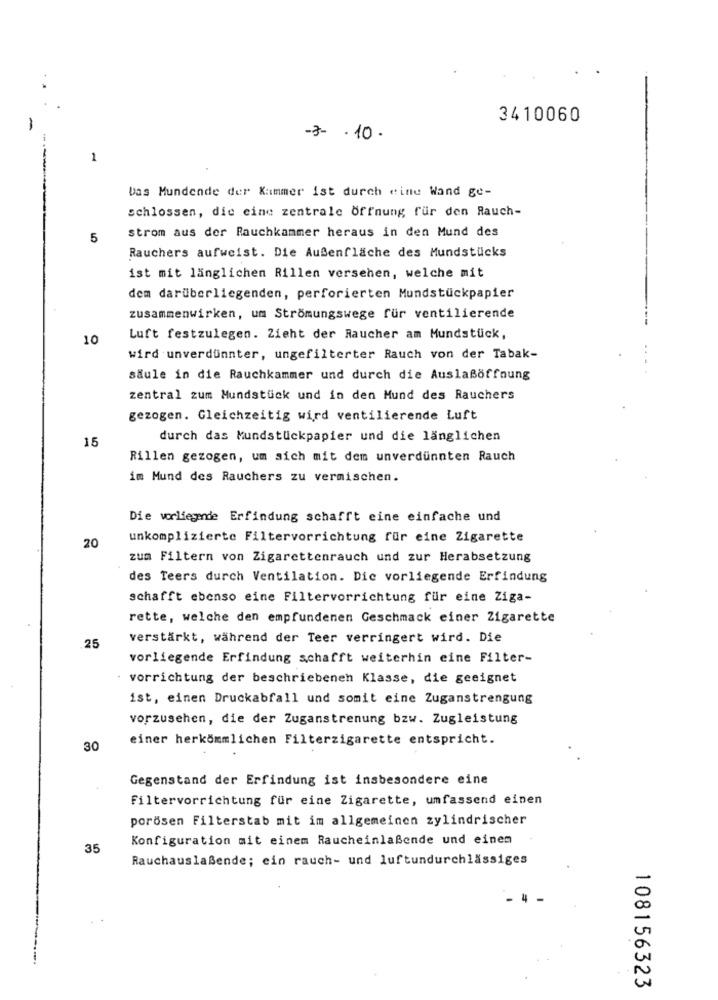
3410060
-3- . 10 .
1
bas Mundende der Kammer ist durch eine Wand ge-
schlossen, die eine zentrale Öffnung für den Rauch-
strom aus der Rauchkammer heraus in den Mund des
5
Rauchers aufweist. Die Außenfläche des Mundstücks
ist mit länglichen Rillen versehen, welche mit
dem darüberliegenden, perforierten Mundstückpapier
zusammenwirken, um Strömungswege für ventilierende
10
Luft festzulegen. Zieht der Raucher am Mundstück,
wird unverdünnter, ungefilterter Rauch von der Tabak-
säule in die Rauchkammer und durch die Auslaßöffnung
zentral zum Mundstück und in den Mund des Rauchers
gezogen. Gleichzeitig wird ventilierende Luft
15
durch das Mundstückpapier und die länglichen
Rillen gezogen, um sich mit dem unverdünnten Rauch
im Mund des Rauchers zu vermischen.
Die vorliegende Erfindung schafft eine einfache und
unkomplizierte Filtervorrichtung für eine Zigarette
20
zum Filtern von Zigarettenrauch und zur Herabsetzung
des Teers durch Ventilation. Dic vorliegende Erfindung
schafft ebenso eine Filtervorrichtung für eine Ziga-
rette, welche den empfundenen Geschmack einer Zigarette
verstärkt, während der Teer verringert wird. Die
.25
vorliegende Erfindung schafft weiterhin eine Filter-
vorrichtung der beschriebenen Klasse, die geeignet
ist, einen Druckabfall und somit eine Zuganstrengung
vorzusehen, die der Zuganstrenung bzw. Zugleistung
einer herkömmlichen Filterzigarette entspricht.
30
Gegenstand der Erfindung ist insbesondere eine
Filtervorrichtung für eine Zigarette, umfassend einen
porösen Filterstab mit im allgemeinen zylindrischer
Konfiguration mit einem Raucheinlaßende und einem
35
Rauchauslaßende; ein rauch- und luftundurchlässiges
108156323